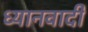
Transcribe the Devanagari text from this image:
ध्यानवादी